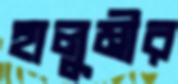
হালুমীর